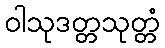
ဝါသုဒတ္တသုတ္တံ